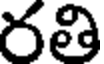
రతి